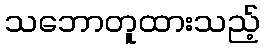
သဘောတူထားသည့်